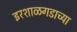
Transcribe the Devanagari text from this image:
इरशाळगडाच्या